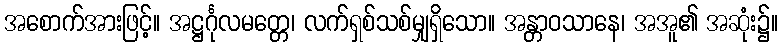
အစောက်အားဖြင့်။ အဋ္ဌင်္ဂုလမတ္တေ၊ လက်ရှစ်သစ်မျှရှိသော။ အန္တာဝသာနေ၊ အအူ၏ အဆုံး၌။